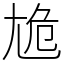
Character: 尯